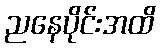
ညနေပိုင်းအထိ